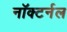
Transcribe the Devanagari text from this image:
नॉक्टर्नल